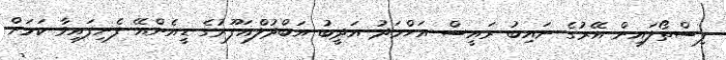
ފިސްތޯލައިން އޭރުގެ ނައިބު ރައީސް އަހްމަދު އަދީބު އަބްދުލްޣަފޫރުގެ ޑީއެންއޭ ފެނިފައިވާ ކަމަށް